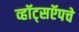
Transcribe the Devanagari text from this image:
व्हॉट्सऍपचे